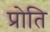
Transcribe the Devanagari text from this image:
प्रोति